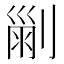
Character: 𠞤